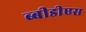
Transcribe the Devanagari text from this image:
ब्बीडीएस